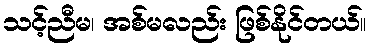
သင့်ညီမ၊ အစ်မလည်း ဖြစ်နိုင်တယ်။